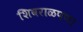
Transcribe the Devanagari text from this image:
शिवराळपणा